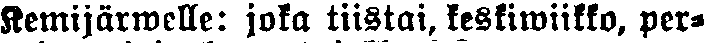
Kemijärwelle: joka tiistai, keskiwiikko, per-